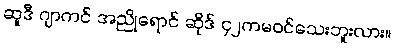
ဆူဒီ ဂျာကင် အညိုရောင် ဆိုဒ် ၄၂ကမဝင်သေးဘူးလား။